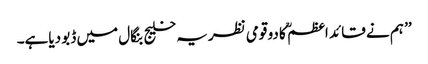
’’ ہم نے قائد اعظم ؒ کا دو قومی نظریہ خلیج بنگال میں ڈبو دیاہے۔